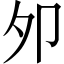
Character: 夘